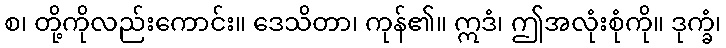
စ၊ တို့ကိုလည်းကောင်း။ ဒေသိတာ၊ ကုန်၏။ ဣဒံ၊ ဤအလုံးစုံကို။ ဒုက္ခံ၊